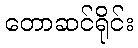
တောဆင်ရိုင်း